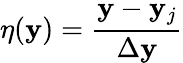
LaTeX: \eta(\mathbf{y})=\frac{{\mathbf{y}-\mathbf{y}_{j}}}{{\Delta\mathbf{y}}}